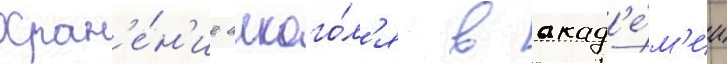
Хран'е́н'ие алкого́л'я в акад'е́м'ии